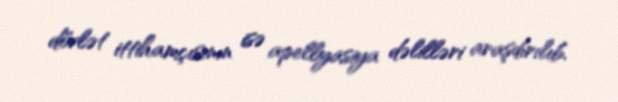
dövlət ittihamçısının isə apellyasiya dəlilləri araşdırılıb.